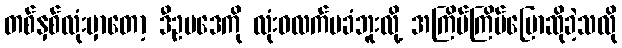
တစ်နှစ်လုံးမှာတော့ ဒီဥပဒေကို လုံးဝလက်မခံဘူးလို့ အကြိမ်ကြိမ်ပြောဆိုခဲ့သလို